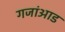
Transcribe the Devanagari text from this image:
गजांआड